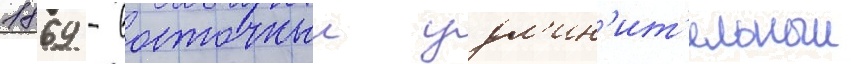
1869 - восточныи удл'ин'ит'ельныи